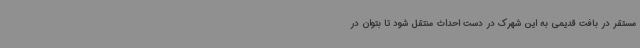
مستقر در بافت قدیمی به این شهرک در دست احداث منتقل شود تا بتوان در